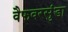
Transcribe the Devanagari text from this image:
वैफवरसुंडा